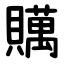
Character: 贎